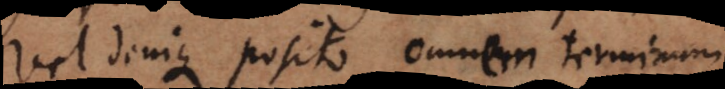
Vel denique posito omnem terminum